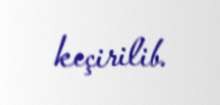
keçirilib.